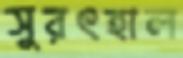
সুরৎহাল